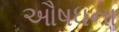
ઔષધના